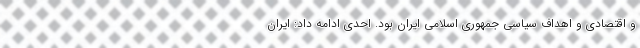
و اقتصادی و اهداف سیاسی جمهوری اسلامی ایران بود. احدی ادامه داد: ایران